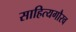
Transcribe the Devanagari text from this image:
साहित्यगौरव